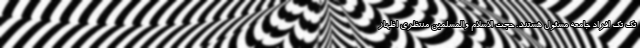
تک تک افراد جامعه مسئول هستند. حجت الاسلام والمسلمین منتظری اظهار